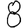
Digit: 8